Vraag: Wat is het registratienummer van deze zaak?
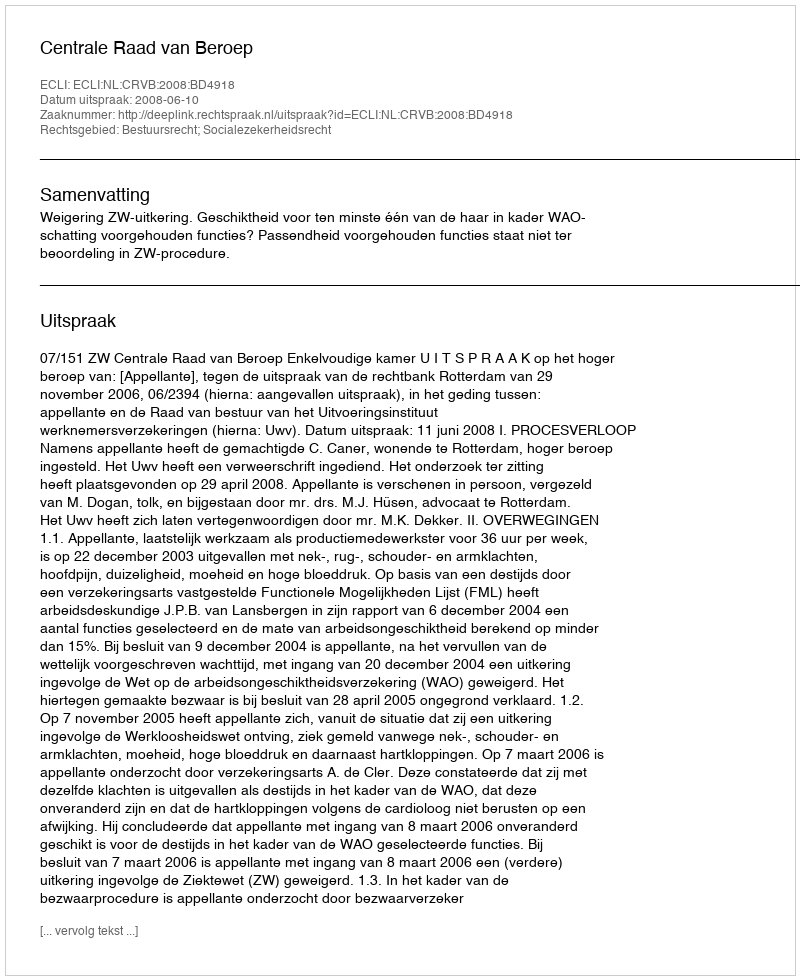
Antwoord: http://deeplink.rechtspraak.nl/uitspraak?id=ECLI:NL:CRVB:2008:BD4918